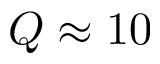
Q \approx 1 0